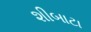
શીબાટા